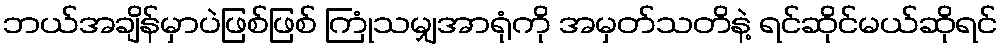
ဘယ်အချိန်မှာပဲဖြစ်ဖြစ် ကြုံသမျှအာရုံကို အမှတ်သတိနဲ့ ရင်ဆိုင်မယ်ဆိုရင်